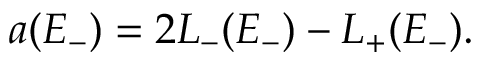
a ( E _ { - } ) = 2 L _ { - } ( E _ { - } ) - L _ { + } ( E _ { - } ) .